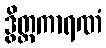
ဒွိတ္တကာရဏံ